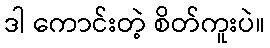
ဒါ ကောင်းတဲ့ စိတ်ကူးပဲ။